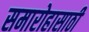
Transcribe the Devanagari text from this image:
समारोहासाठी